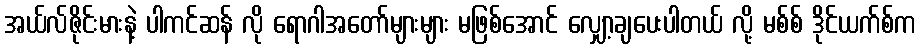
အယ်လ်ဇိုင်းမားနဲ့ ပါကင်ဆန် လို ရောဂါအတော်များများ မဖြစ်အောင် လျှော့ချပေးပါတယ် လို့ မစ်စ် ဒိုင်ယက်စ်က